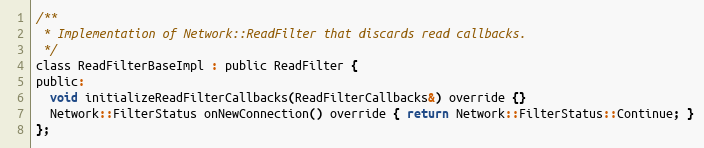
Language: C
/**
 * Implementation of Network::ReadFilter that discards read callbacks.
 */
class ReadFilterBaseImpl : public ReadFilter {
public:
  void initializeReadFilterCallbacks(ReadFilterCallbacks&) override {}
  Network::FilterStatus onNewConnection() override { return Network::FilterStatus::Continue; }
};